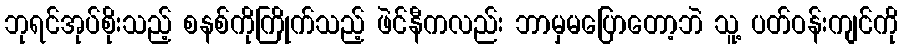
ဘုရင်အုပ်စိုးသည့် စနစ်ကိုကြိုက်သည့် ဖဲင်နီကလည်း ဘာမှမပြောတော့ဘဲ သူ့ ပတ်ဝန်းကျင်ကို